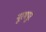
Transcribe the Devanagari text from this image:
नूरमपुर